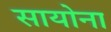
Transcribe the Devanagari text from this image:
सायोना